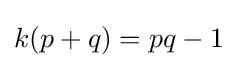
k(p+q)=pq-1